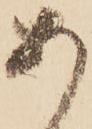
あ